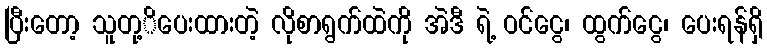
ပြီးတော့ သူတု့ိပေးထားတဲ့ လိုစာရွက်ထဲကို အဲဒီ ရဲ့ ဝင်ငွေ၊ ထွက်ငွေ၊ ပေးရန်ရှိ